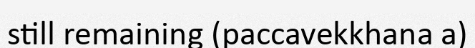
still remaining (paccavekkhana a)